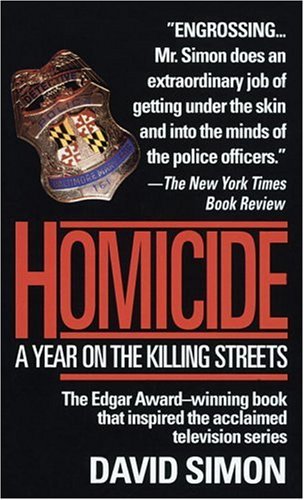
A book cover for Homicide: A Year on the Killing Streets; David Simon; Travel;